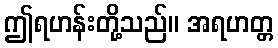
ဤရဟန်းတို့သည်။ အရဟတ္တ